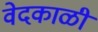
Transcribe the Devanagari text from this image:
वेदकाळी